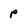
Character: P